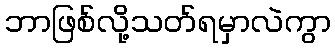
ဘာဖြစ်လို့သတ်ရမှာလဲကွာ